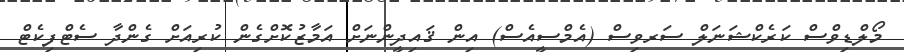
މޯލްޑިވްސް ކަރެކްޝަނަލް ސަރވިސް (އެމްސީއެސް) އިން ޤައިދީންނަށް އަމާޒުކޮށްގެން ކުރިއަށް ގެންދާ ސެޓްފިކެޓް